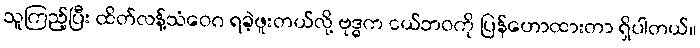
သူကြည့်ပြီး ထိတ်လန့်သံဝေဂ ရခဲ့ဖူးတယ်လို့ ဗုဒ္ဓက ငယ်ဘဝကို ပြန်ဟောထားတာ ရှိပါတယ်။